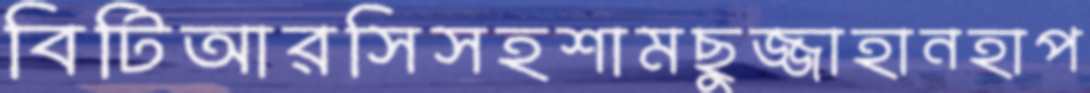
বিটিআরসিসহশামছুজ্জাহানহাপ